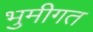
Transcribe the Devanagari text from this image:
भुमीगत